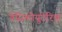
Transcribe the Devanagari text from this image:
वेसिकोयुटेरिक